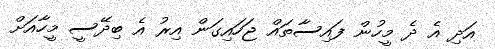
އަދި އެ ދެ މީހުން ފައިސާތައް ޖަހައިގަން އިރު އެ ބިދޭސީ މީހާއަށް